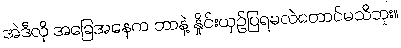
အဲဒီလို အခြေအနေက ဘာနဲ့ နှိုင်းယှဉ်ပြရမလဲတောင်မသိဘူး။